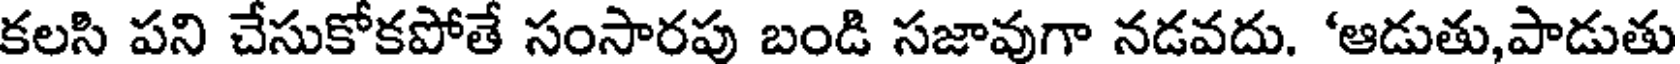
కలసి పని చేసుకోకపోతే సంసారపు బండి సజావుగా నడవదు. 'ఆడుతు,పాడుతు